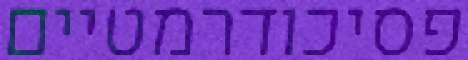
פסיכודרמטיים